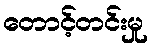
တောင့်တင်းမှု